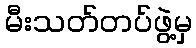
မီးသတ်တပ်ဖွဲ့မှ